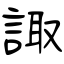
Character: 諏